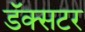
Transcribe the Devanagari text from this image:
डॅक्सटर